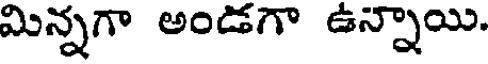
మిన్నగా అండగా ఉన్నాయి.